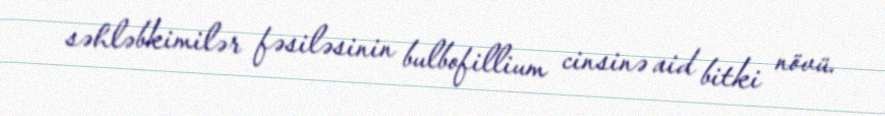
səhləbkimilər fəsiləsinin bulbofillium cinsinə aid bitki növü.